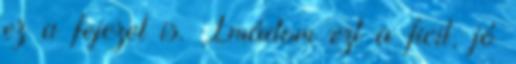
ez a fejezet is. Imádom ezt a ficit, jó